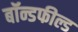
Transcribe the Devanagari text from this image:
बॉन्डफील्ड